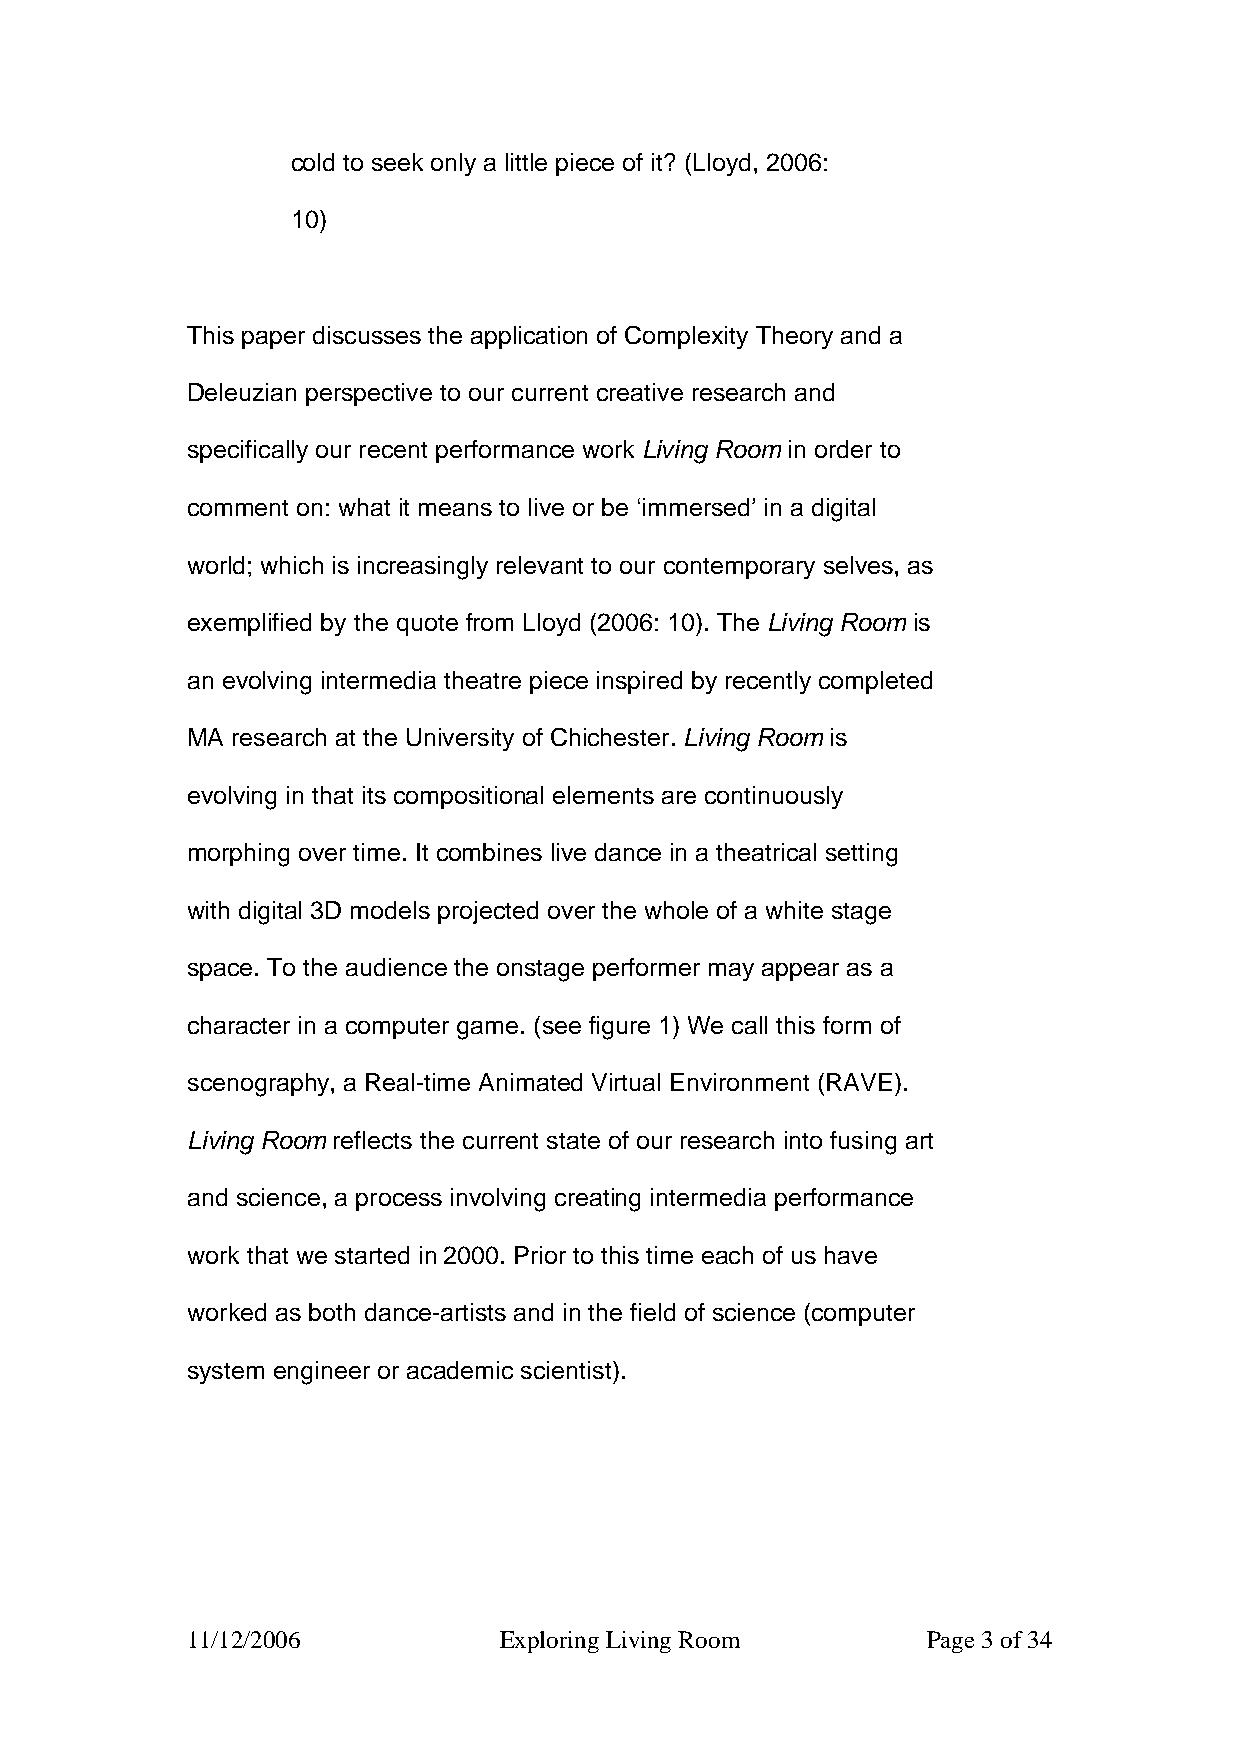
cold to seek only a little piece of it? (Lloyd, 2006:
 10)
 This paper discusses the application of Complexity Theory and a
 Deleuzian perspective to our current creative research and
 specifically our recent performance work Living Room in order to
 comment on: what it means to live or be ‘immersed’ in a digital
 world; which is increasingly relevant to our contemporary selves, as
 exemplified by the quote from Lloyd (2006: 10). The Living Room is
 an evolving intermedia theatre piece inspired by recently completed
 MA research at the University of Chichester. Living Room is
 evolving in that its compositional elements are continuously
 morphing over time. It combines live dance in a theatrical setting
 with digital 3D models projected over the whole of a white stage
 space. To the audience the onstage performer may appear as a
 character in a computer game. (see figure 1) We call this form of
 scenography, a Real-time Animated Virtual Environment (RAVE).
 Living Room reflects the current state of our research into fusing art
 and science, a process involving creating intermedia performance
 work that we started in 2000. Prior to this time each of us have
 worked as both dance-artists and in the field of science (computer
 system engineer or academic scientist).
 11/12/2006           Exploring Living Room       Page 3 of 34